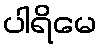
ပါရိမေ